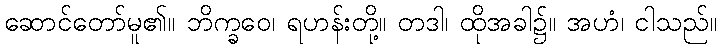
ဆောင်တော်မူ၏။ ဘိက္ခဝေ၊ ရဟန်းတို့။ တဒါ၊ ထိုအခါ၌။ အဟံ၊ ငါသည်။